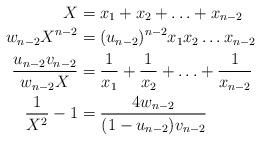
LaTeX: \begin{align*}X =&\; x_1+x_2+\ldots+x_{n-2}\\w_{n-2} X^{n-2}=& \;(u_{n-2})^{n-2} x_1x_2\ldots x_{n-2}\\ {u_{n-2}v_{n-2}\over w_{n-2}X}=&\;{1\over x_1}+{1\over x_2}+\ldots+{1\over x_{n-2}}\\{1\over X^2}-1=& \;{4w_{n-2}\over(1-u_{n-2})v_{n-2}} \end{align*}